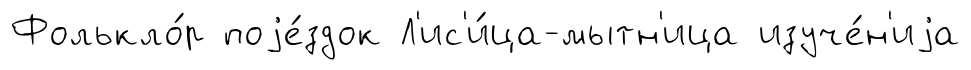
Фолькло́р поjе́здок Л'ис'и́ца-мытн'ица изуче́н'иjа